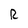
Character: R